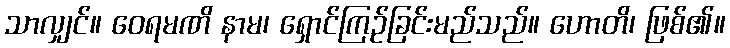
သာလျှင်။ ဝေရမဏိ နာမ၊ ရှောင်ကြဉ်ခြင်းမည်သည်။ ဟောတိ၊ ဖြစ်၏။